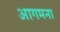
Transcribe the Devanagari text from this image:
आगमना